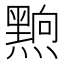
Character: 𮮗